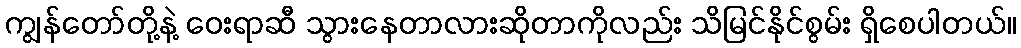
ကျွန်တော်တို့နဲ့ ဝေးရာဆီ သွားနေတာလားဆိုတာကိုလည်း သိမြင်နိုင်စွမ်း ရှိစေပါတယ်။